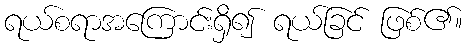
ရယ်စရာအကြောင်းရှိ၍ ရယ်ခြင် ဖြစ်၏။